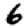
Digit: 6